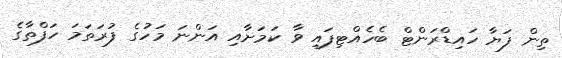
ތިން ފަޔާ ހައިޑްރަންޓް ބެހެއްޓިފައި ވާ ކަމަށާއި އަންނަ މަހުގެ ފުރަތަމަ ހަފްތާގެ